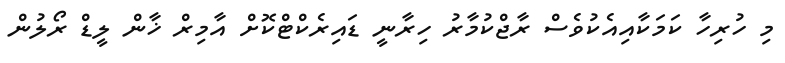
މި ހުރިހާ ކަމަކާއިއެކުވެސް ރާޖްކުމާރު ހިރާނީ ޑައިރެކްޓްކޮށް އާމިރް ޚާން ލީޑް ރޯލުން